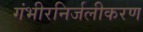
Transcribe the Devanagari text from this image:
गंभीरनिर्जलीकरण